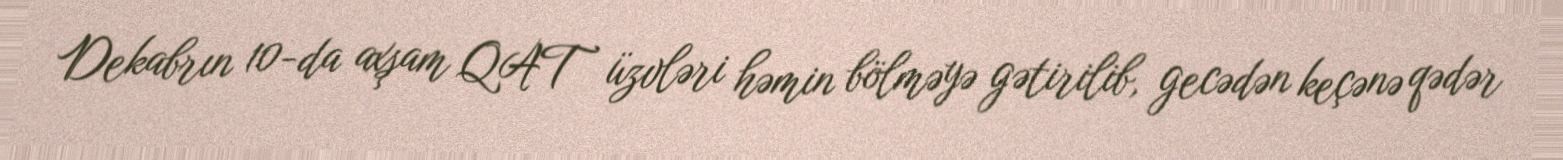
Dekabrın 10-da axşam QAT üzvləri həmin bölməyə gətirilib, gecədən keçənə qədər